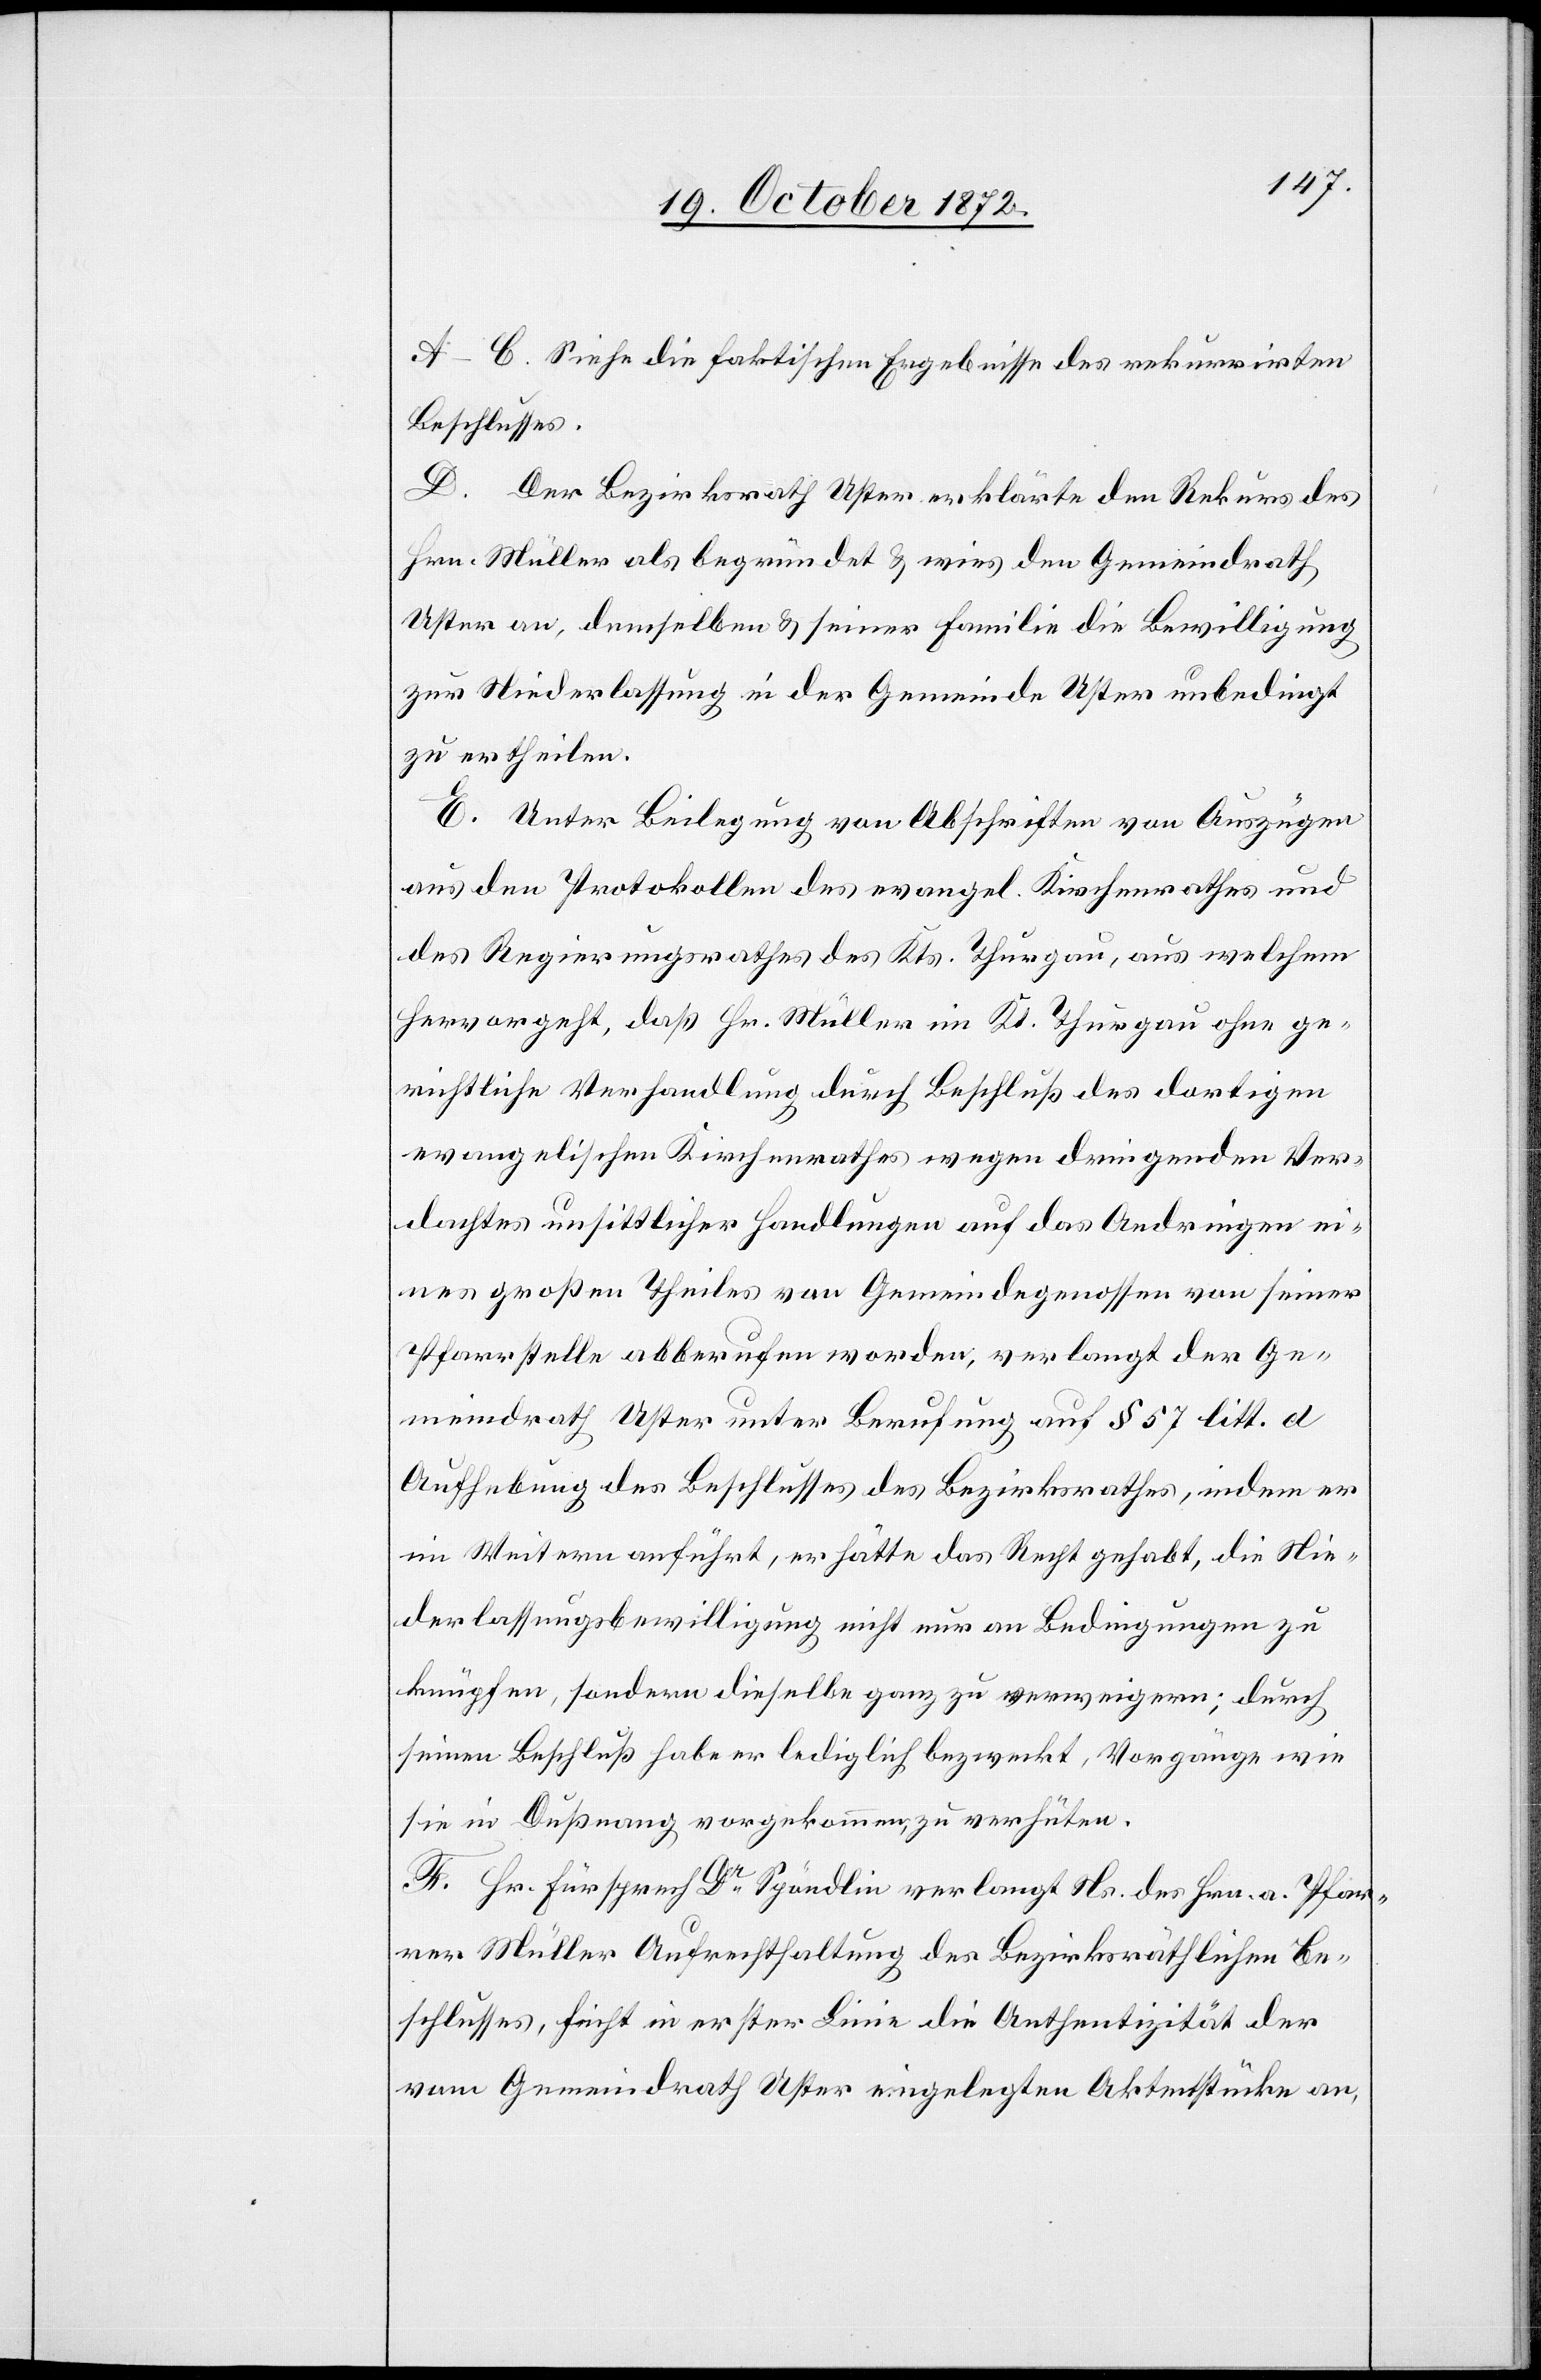
A–C. Siehe die faktischen Ergebnisse des rekurrirten
Beschlusses.
D. Der Bezirksrath Uster erklärte den Rekurs des
Hrn. Müller als begründet u. wies den Gemeindrath
Uster an, demselben u. seiner Familie die Bewilligung
zur Niederlassung in der Gemeinde Uster unbedingt
zu ertheilen.
E. Unter Beilegung von Abschriften von Auszügen
aus den Protokollen des evangel. Kirchenrathes und
des Regierungsrathes des Kts. Thurgau, aus welchem
hervorgeht, daß Hr. Müller in Kt. Thurgau ohne ge¬
richtliche Verhandlung durch Beschluß des dortigen
evangelischen Kirchenrathes wegen dringenden Ver¬
dachtes unsittlicher Handlungen auf das Andringen ei¬
nes großen Theiles von Gemeindegenossen von seiner
Pfarrstelle abberufen worden, verlangt der Ge¬
meindrath Uster unter Berufung auf § 57 litt. d
Aufhebung des Beschlusses des Bezirksrathes, indem er
im Weitern anführt, er hätte das Recht gehabt, die Nie¬
derlassungsbewilligung nicht nur an Bedingungen zu
knüpfen, sondern dieselbe ganz zu verweigern; durch
seinen Beschluß habe er lediglich bezweckt, Vorgänge wie
sie in Dußnang vorgekommen, zu verhüten.
F. Hr. Fürsprech Dr Spöndlin verlangt Ns. des Hrn. a. Pfar¬
rer Müller Aufrechthaltung des Bezirksräthlichen Be¬
schlusses, ficht in erster Linie die Authentizität der
vom Gemeindrath Uster eingelegten Aktenstücke an,